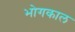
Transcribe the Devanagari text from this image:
भोगकाल